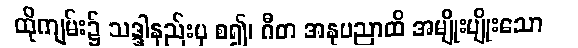
ထိုကျမ်း၌ သဒ္ဒါနည်းမှ စ၍၊ ဂီတ အနုပညာထိ အမျိုးမျိုးသော